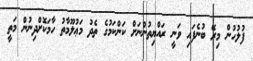
ފުލުހުން މިރޭ ބުނެފައި ވަނީ ރައްޔިތުންނަށް ކަންކަމުގެ ތެދު މަޢުލޫމާތު ހާމަކޮށްދިނުން މަތީ